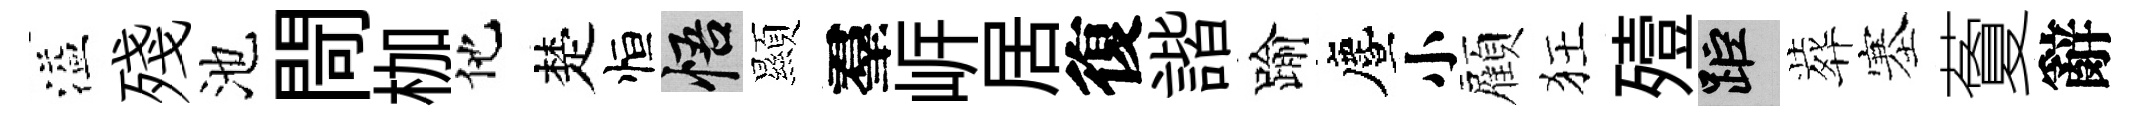
溢殘池閜枷他楚恒悟顯羣㟁居復諧踰󵨌小顧狂殪距葬塞藑辭